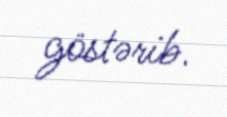
göstərib.